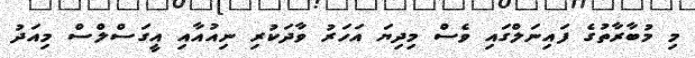
މި މުބާރާތުގެ ފައިނަލްގައި ވެސް މިދިޔަ އަހަރު ވާދަކުރި ނިއުއާއި އީގަސްލްސް މިއަދު